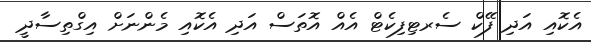
އެކޮއި އަދި ފޭކް ސެރޓިފިކެޓް އެއް އޮތަސް އަދި އެކޮއި މެންނަށް އިގްތިސާދީ